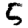
Digit: 5